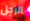
الرجل